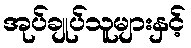
အုပ်ချုပ်သူများနှင့်